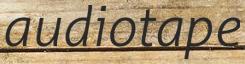
audiotape